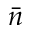
\bar { n }